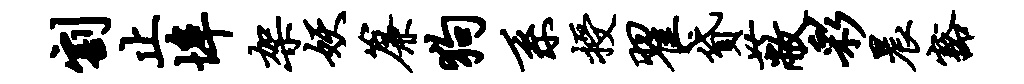
割止埠架妖帘狗系授翟贷蔽彩晨豁